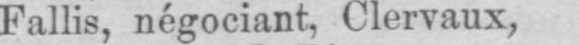
Fallis, négociant, Clervaux,